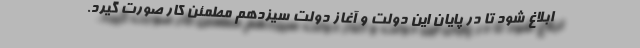
ابلاغ شود تا در پایان این دولت و آغاز دولت سیزدهم مطمئن کار صورت گیرد.